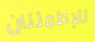
للإطمئنان